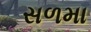
સળમા